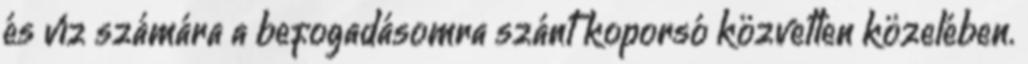
és víz számára a befogadásomra szánt koporsó közvetlen közelében.